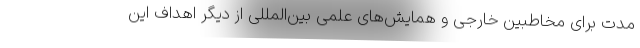
مدت برای مخاطبین خارجی و همایش‌های علمی بین‌المللی از دیگر اهداف این